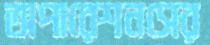
অপারেশনসের